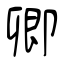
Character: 卿